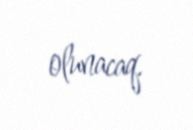
olunacaq.